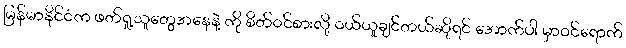
မြန်မာနိုင်ငံက ဖတ်ရှု့သူတွေအနေနဲ့ ကို စိတ်ဝင်စားလို့ ဝယ်ယူချင်တယ်ဆိုရင် အောက်ပါ မှာဝင်ရောက်